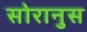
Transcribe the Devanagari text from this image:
सोरानुस